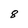
Character: 8